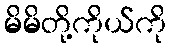
မိမိတို့ကိုယ်ကို